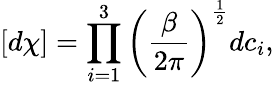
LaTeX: [d\chi]=\prod_{i=1}^{3}\left(\frac{\beta}{2\pi}\right)^{\frac{1}{2}}dc_{i},